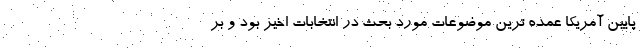
پایین آمریکا عمده ترین موضوعات مورد بحث در انتخابات اخیر بود و بر